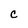
Character: C